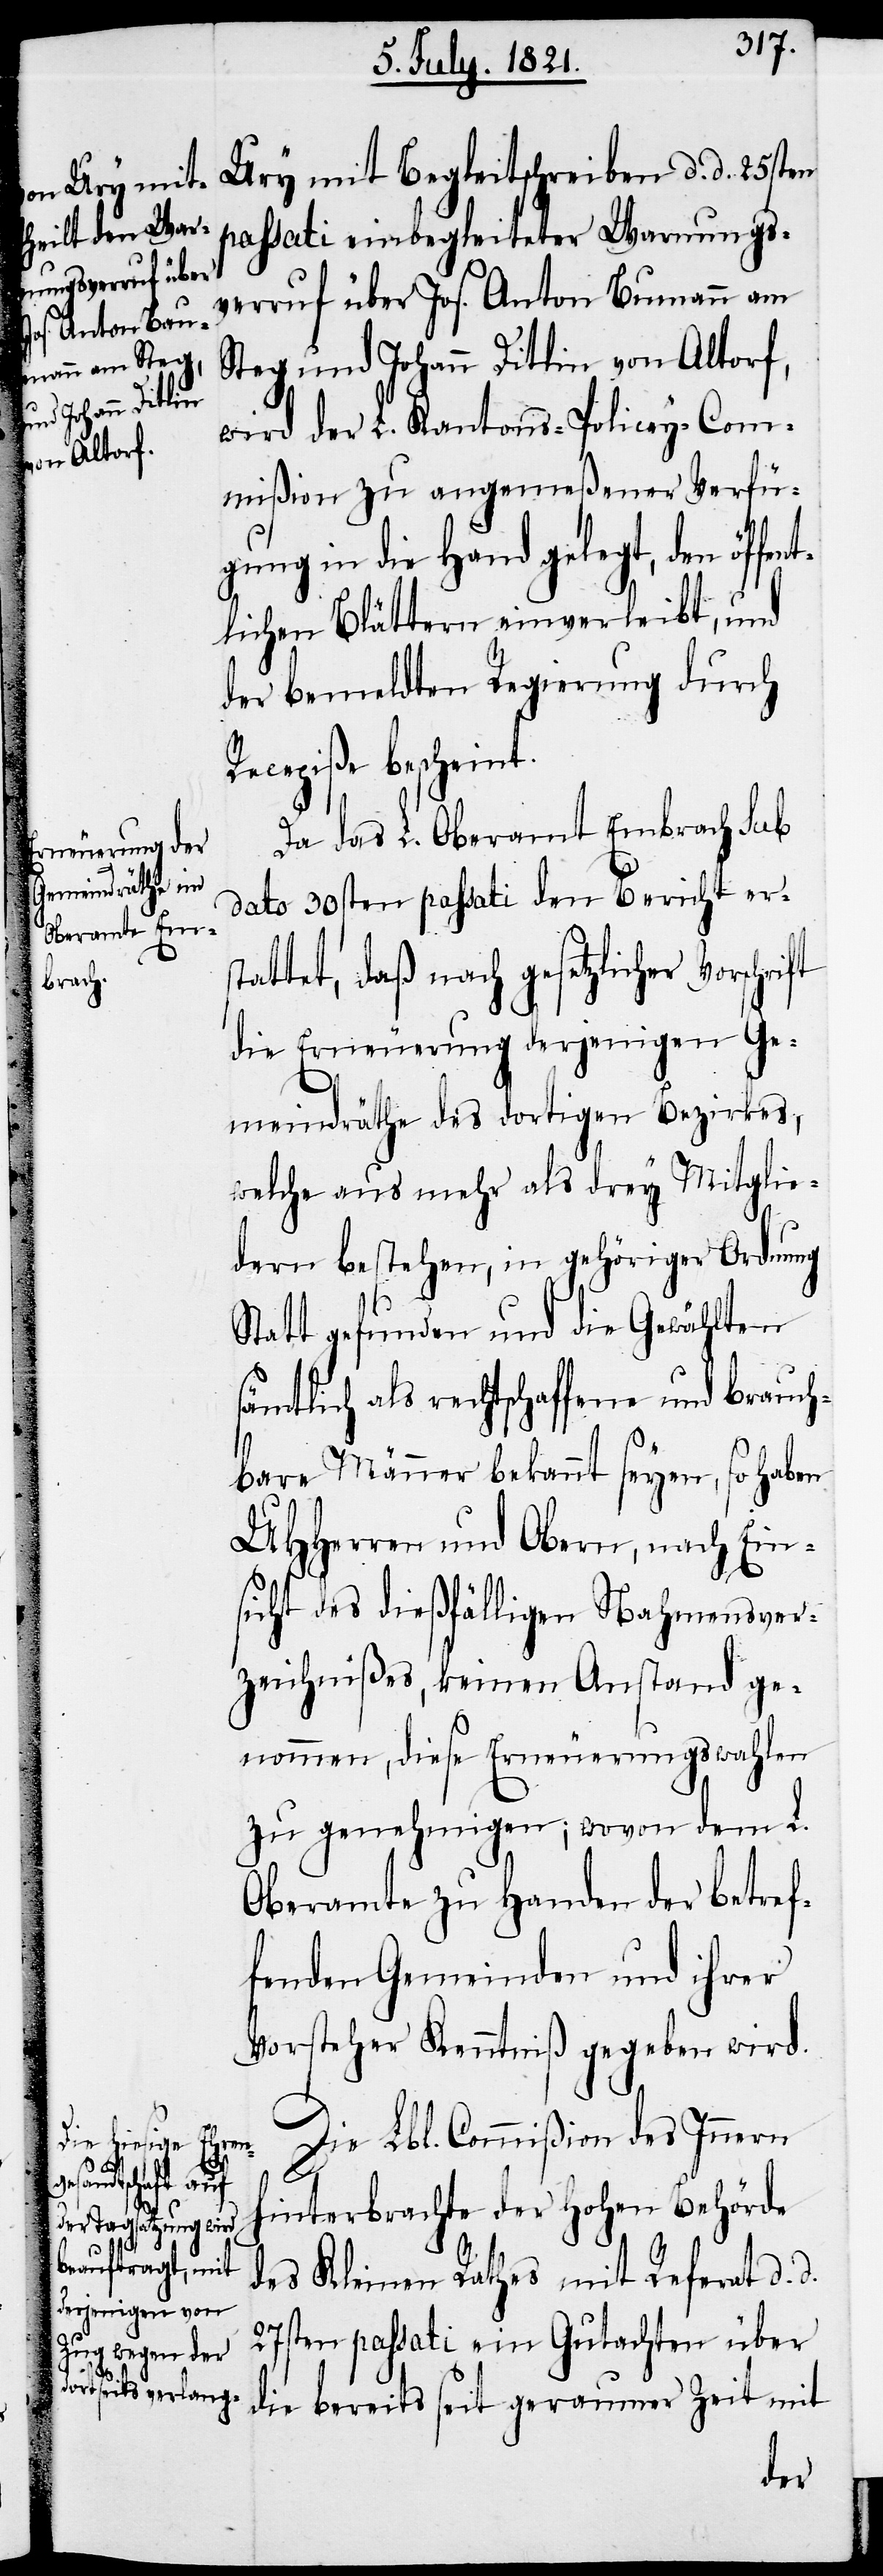
R¬

passati einbegleiteter Warnungs¬
verruf über Joh. Anton Bumann
Steg und Johann Ditlin von Altorf,
Vorschrift
wird der L. Kantons-Policey-Com¬
mißion zu angemeßener Verfü¬
gung in die Hand gelegt, den öff¬
tlichen Blättern einverleibt, und
der bemeldten Regierung durch
ecepiße bescheint.
Da das L. Oberamt Embrach sub
dato 30sten passati den Bericht ers¬
tattet, daß nach gesetzlicher
die Erneuerung derjenigen Ge¬
meindräthe des dortigen Bezirkes,
welche aus mehr als drey Mitglie¬
dern bestehen, in gehöriger Ordnung
Statt gefunden und die Gewählten
sämtlich als rechtschaffene und brauch¬
bare Männer bekannt seyen, so haben
UHHerren und Obern, nach Ein¬
sicht des dießfälligen Nahmensver¬
zeichnißes, keinen Anstand ge¬
nommen, diese Erneuerungswahlen
zu genehmigen; wovon dem L.
Oberamte zu Handen der betref¬
fenden Gemeinden und ihrer
Vorsteher Kenntniß gegeben wird.
Die Lbl. Commißion des Innern
d.
hinterbrachte der hohen Behörde
des Kleinen Rathes mit Referat d. d.
27sten passati ein Gutachten über
die bereits seit geraumer Zeit mit